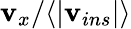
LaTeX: \mathbf{v}_{x}/\langle|\mathbf{v}_{ins}|\rangle